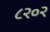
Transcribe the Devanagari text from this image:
८२०२